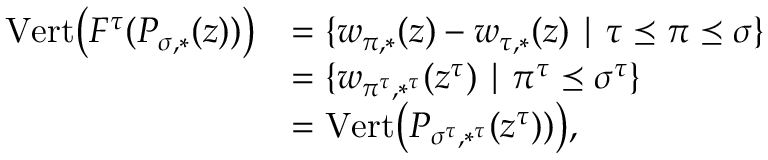
\begin{array} { r l } { \mathrm { V e r t } \big ( F ^ { \tau } ( P _ { \sigma , * } ( z ) ) \big ) } & { = \{ w _ { \pi , * } ( z ) - w _ { \tau , * } ( z ) \mid \tau \preceq \pi \preceq \sigma \} } \\ & { = \{ w _ { \pi ^ { \tau } , * ^ { \tau } } ( z ^ { \tau } ) \mid \pi ^ { \tau } \preceq \sigma ^ { \tau } \} } \\ & { = \mathrm { V e r t } \big ( P _ { \sigma ^ { \tau } , * ^ { \tau } } ( z ^ { \tau } ) ) \big ) , } \end{array}